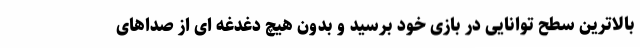
بالاترین سطح توانایی در بازی خود برسید و بدون هیچ دغدغه ای از صداهای